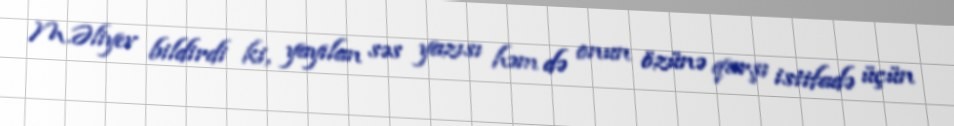
M.Əliyev bildirdi ki, yayılan səs yazısı həm də onun özünə qarşı istifadə üçün